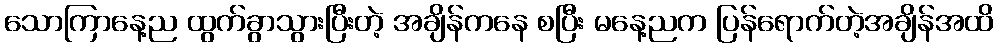
သောကြာနေ့ည ထွက်ခွာသွားပြီးတဲ့ အချိန်ကနေ စပြီး မနေ့ညက ပြန်ရောက်တဲ့အချိန်အထိ